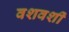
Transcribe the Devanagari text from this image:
वशवर्शी